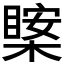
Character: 𱤊